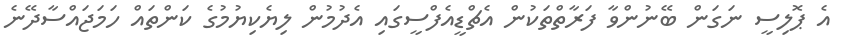
އެ ޕޮލިސީ ނަގަން ބޭނުންވާ ފަރާތްތަކުން އެޗްޑީއެފްސީގައި އެދުމުން ލިޔެކިޔުމުގެ ކަންތައް ހަމަޖައްސާދޭނެ